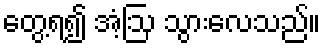
တွေ့ရ၍ အံ့ဩ သွားလေသည်။